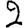
Digit: 2